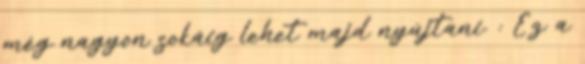
még nagyon sokáig lehet majd nyújtani. : Ez a